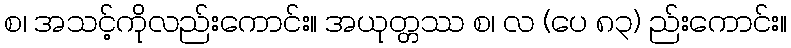
စ၊ အသင့်ကိုလည်းကောင်း။ အယုတ္တဿ စ၊ လ (ပေ ၈၃) ည်းကောင်း။